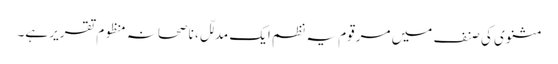
مثنوی کی صنف میں مرقوم یہ نظم ایک مدلّل، ناصحانہ منظوم تقریر ہے۔